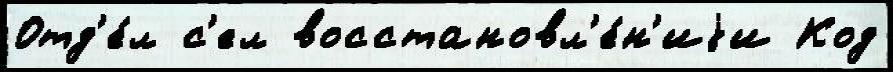
Отд'е́л с'ел восстановл'е́н'иjи Код